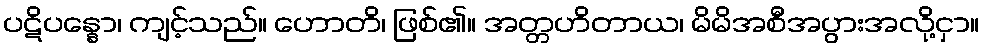
ပဋိပန္နော၊ ကျင့်သည်။ ဟောတိ၊ ဖြစ်၏။ အတ္တဟိတာယ၊ မိမိအစီအပွားအလို့ငှာ။